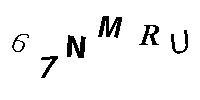
67NMRU